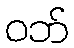
ဝဘ်